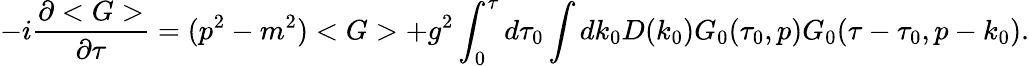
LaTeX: -i\frac{\partial<G>}{\partial\tau}=(p^{2}-m^{2})<G>+g^{2}\int_{0}^{\tau}d\tau_{0}\int dk_{0}D(k_{0})G_{0}(\tau_{0},p)G_{0}(\tau-\tau_{0},p-k_{0}).